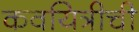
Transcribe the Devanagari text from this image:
कवयित्रीची